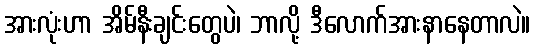
အားလုံးဟာ အိမ်နီးချင်းတွေပဲ၊ ဘာလို့ ဒီလောက်အားနာနေတာလဲ။